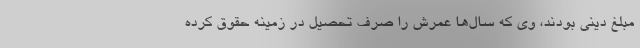
مبلغ دینی بودند، وی که سال‌ها عمرش را صرف تحصیل در زمینه حقوق کرده